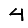
Digit: 4